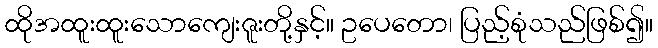
ထိုအထူးထူးသောကျေးဇူးတို့နှင့်။ ဥပေတော၊ ပြည့်စုံသည်ဖြစ်၍။